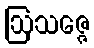
ဩသဇ္ဇေ